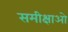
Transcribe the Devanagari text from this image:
समीक्षाओ